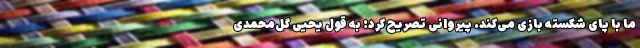
ما با پای شکسته بازی می‌کند. پیروانی تصریح کرد: به قول یحیی گل‌محمدی